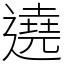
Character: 遶